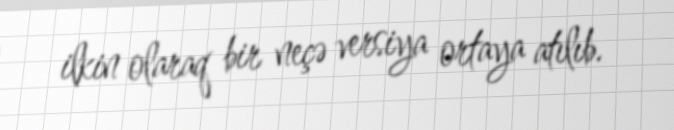
ilkin olaraq bir neçə versiya ortaya atılıb.